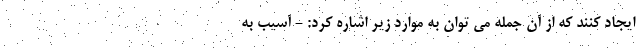
ایجاد کنند که از آن جمله می توان به موارد زیر اشاره کرد: - آسیب به